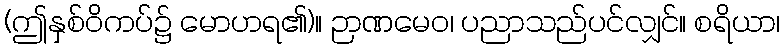
(ဤနှစ်ဝိကပ်၌ မောဟရ၏)။ ဉာဏမေဝ၊ ပညာသည်ပင်လျှင်။ စရိယာ၊